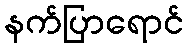
နက်ပြာရောင်